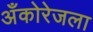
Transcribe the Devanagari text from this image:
अँकोरेजला